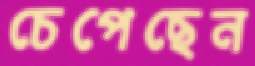
চেপেছেন